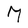
Character: M